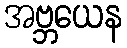
အဗ္ဘယေန